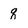
Character: q